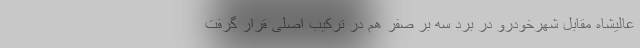
عالیشاه مقابل شهرخودرو در برد سه بر صفر هم در ترکیب اصلی قرار گرفت